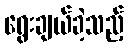
ရွေးချယ်ခဲ့သည့်